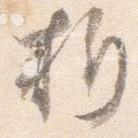
折